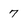
Character: 7